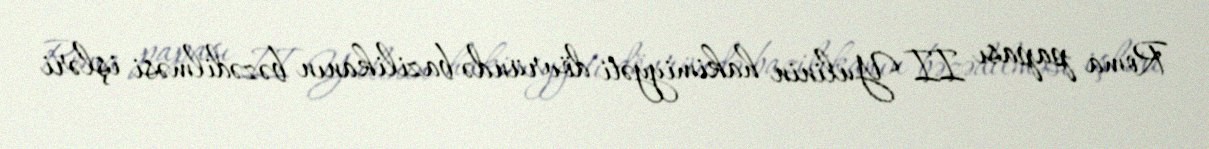
Roma papası II Yulinin hakimiyyəti dövründə bazilikanın bəzədilməsi işləri